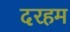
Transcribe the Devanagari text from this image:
दरहम